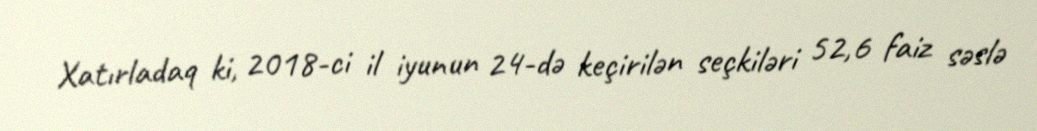
Xatırladaq ki, 2018-ci il iyunun 24-də keçirilən seçkiləri 52,6 faiz səslə